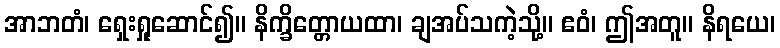
အာဘတံ၊ ရှေးရှုဆောင်၍။ နိက္ခိတ္တောယထာ၊ ချအပ်သကဲ့သို့။ ဧဝံ၊ ဤအတူ။ နိရယေ၊